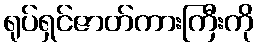
ရုပ်ရှင်ဇာတ်ကားကြီးကို